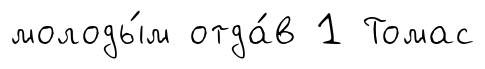
молоды́м отда́в 1 Томас